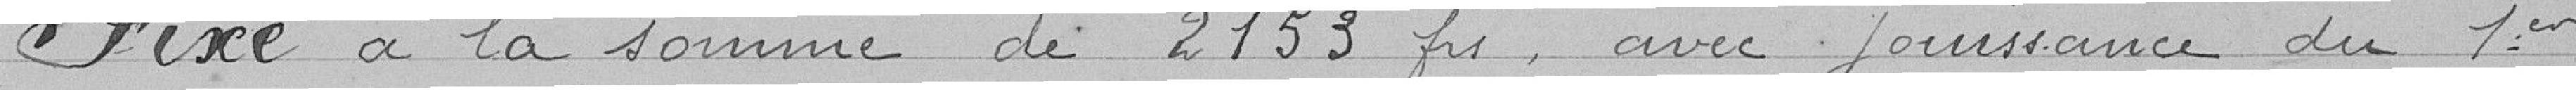
Fixe à la somme de 2153 frs avec une jouissance du 1er